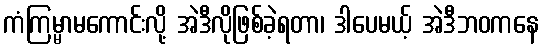
ကံကြမ္မာမကောင်းလို့ အဲဒီလိုဖြစ်ခဲ့ရတာ၊ ဒါပေမယ့် အဲဒီဘဝကနေ